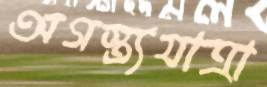
অগস্ত্যযাত্রা